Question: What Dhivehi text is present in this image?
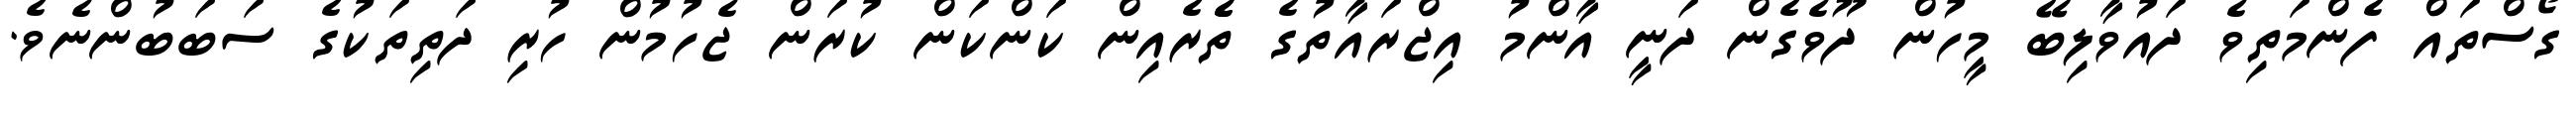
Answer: ގޯސްތައް ފެންމަތިވެ ދައުވާލިބޭ މީހުން ދޫވެގެން ދަނީ އާންމު އިޖްރައާތުގެ ތެެރެއިން ކަންކަން ކުރަން ޖެހުމުން ހުރި ދަތިތަކުގެ ސަބަބުންނެވެ.